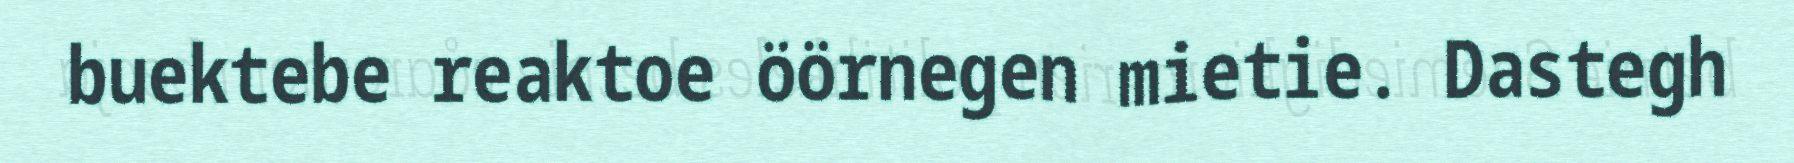
buektebe reaktoe öörnegen mietie. Dastegh